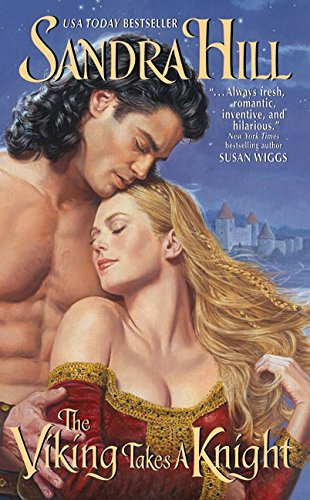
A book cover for The Viking Takes a Knight (Viking I); Sandra Hill; Romance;